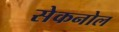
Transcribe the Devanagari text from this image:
सेकनोल